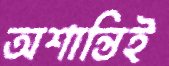
অশান্তিই